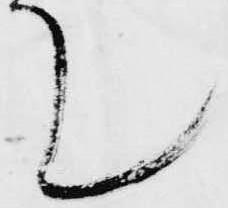
て